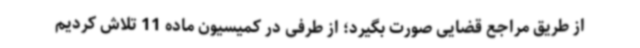
از طریق مراجع قضایی صورت بگیرد؛ از طرفی در کمیسیون ماده 11 تلاش کردیم